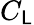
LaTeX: C_{\mathsf{L}}